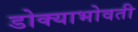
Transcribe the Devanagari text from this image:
डोक्याभोवती